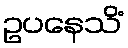
ဥပနေသိံ